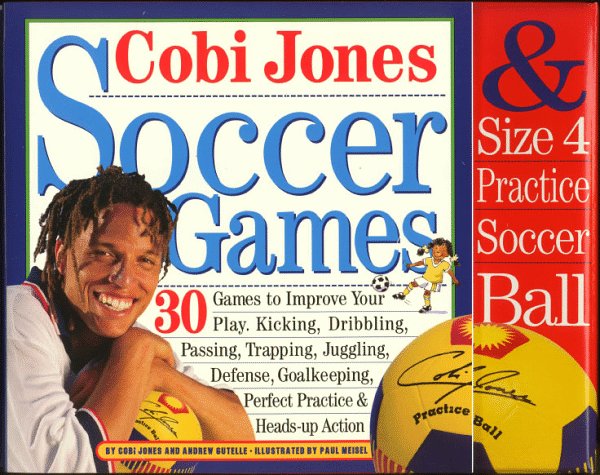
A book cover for Cobi Jones Soccer Games; Andrew Gutelle; Children's Books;